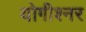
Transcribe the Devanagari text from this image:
योगीश्नर